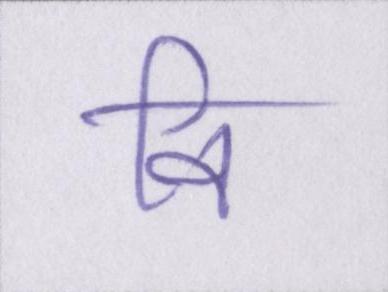
वि